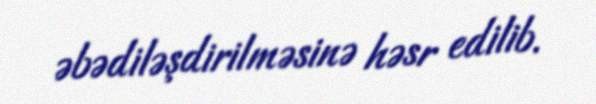
əbədiləşdirilməsinə həsr edilib.